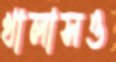
খালাসও